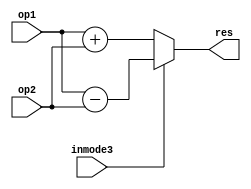
// INMODE[3] = 1 for subtract
// INMODE[3] = 0 for add

module preadd #(parameter WIDTH = 25)(
  input   wire  [WIDTH-1:0]  op1, 
  input   wire  [WIDTH-1:0]  op2, 
  input   wire                    inmode3, 
  output  reg   [WIDTH-1:0]  res
);

always @(*) begin
  if(inmode3)
    res = op1 - op2;
  else
    res = op1 + op2;
end
  
endmodule